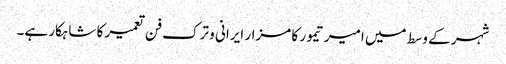
شہر کے وسط میں امیر تیمور کا مزار ایرانی و ترک فن تعمیر کا شاہکار ہے۔